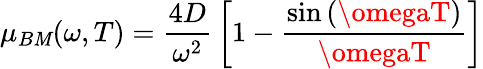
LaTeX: \mu_{B\mathit{M}}(\omega,T)={\frac{{4D}}{{\omega^{2}}}}\left[1-{\frac{{\sin\left(\omegaT\right)}}{{\omegaT}}}\right]